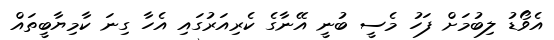
އެވޯޑު ލިބުމަށް ފަހު މެސީ ބުނީ އޭނާގެ ކެރިއަރުގައި އެހާ ގިނަ ކާމިޔާބީތައްް